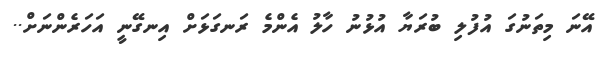
އޭނަ މިތަނުގަ އުފުލި ބުރަޔާ އުޅުނު ހާލު އެންމެ ރަނގަޅަށް އިނގޭނީ އަހަރެންނަށް..